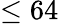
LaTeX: \leq 64